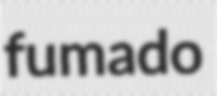
fumado